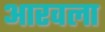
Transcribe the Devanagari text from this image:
आरवला